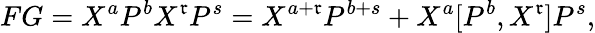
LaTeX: FG=X^{a}P^{b}X^{\mathfrak{r}}P^{s}=X^{a+\mathfrak{r}}P^{b+s}+X^{a}[P^{b},X^{\mathfrak{r}}]P^{s},